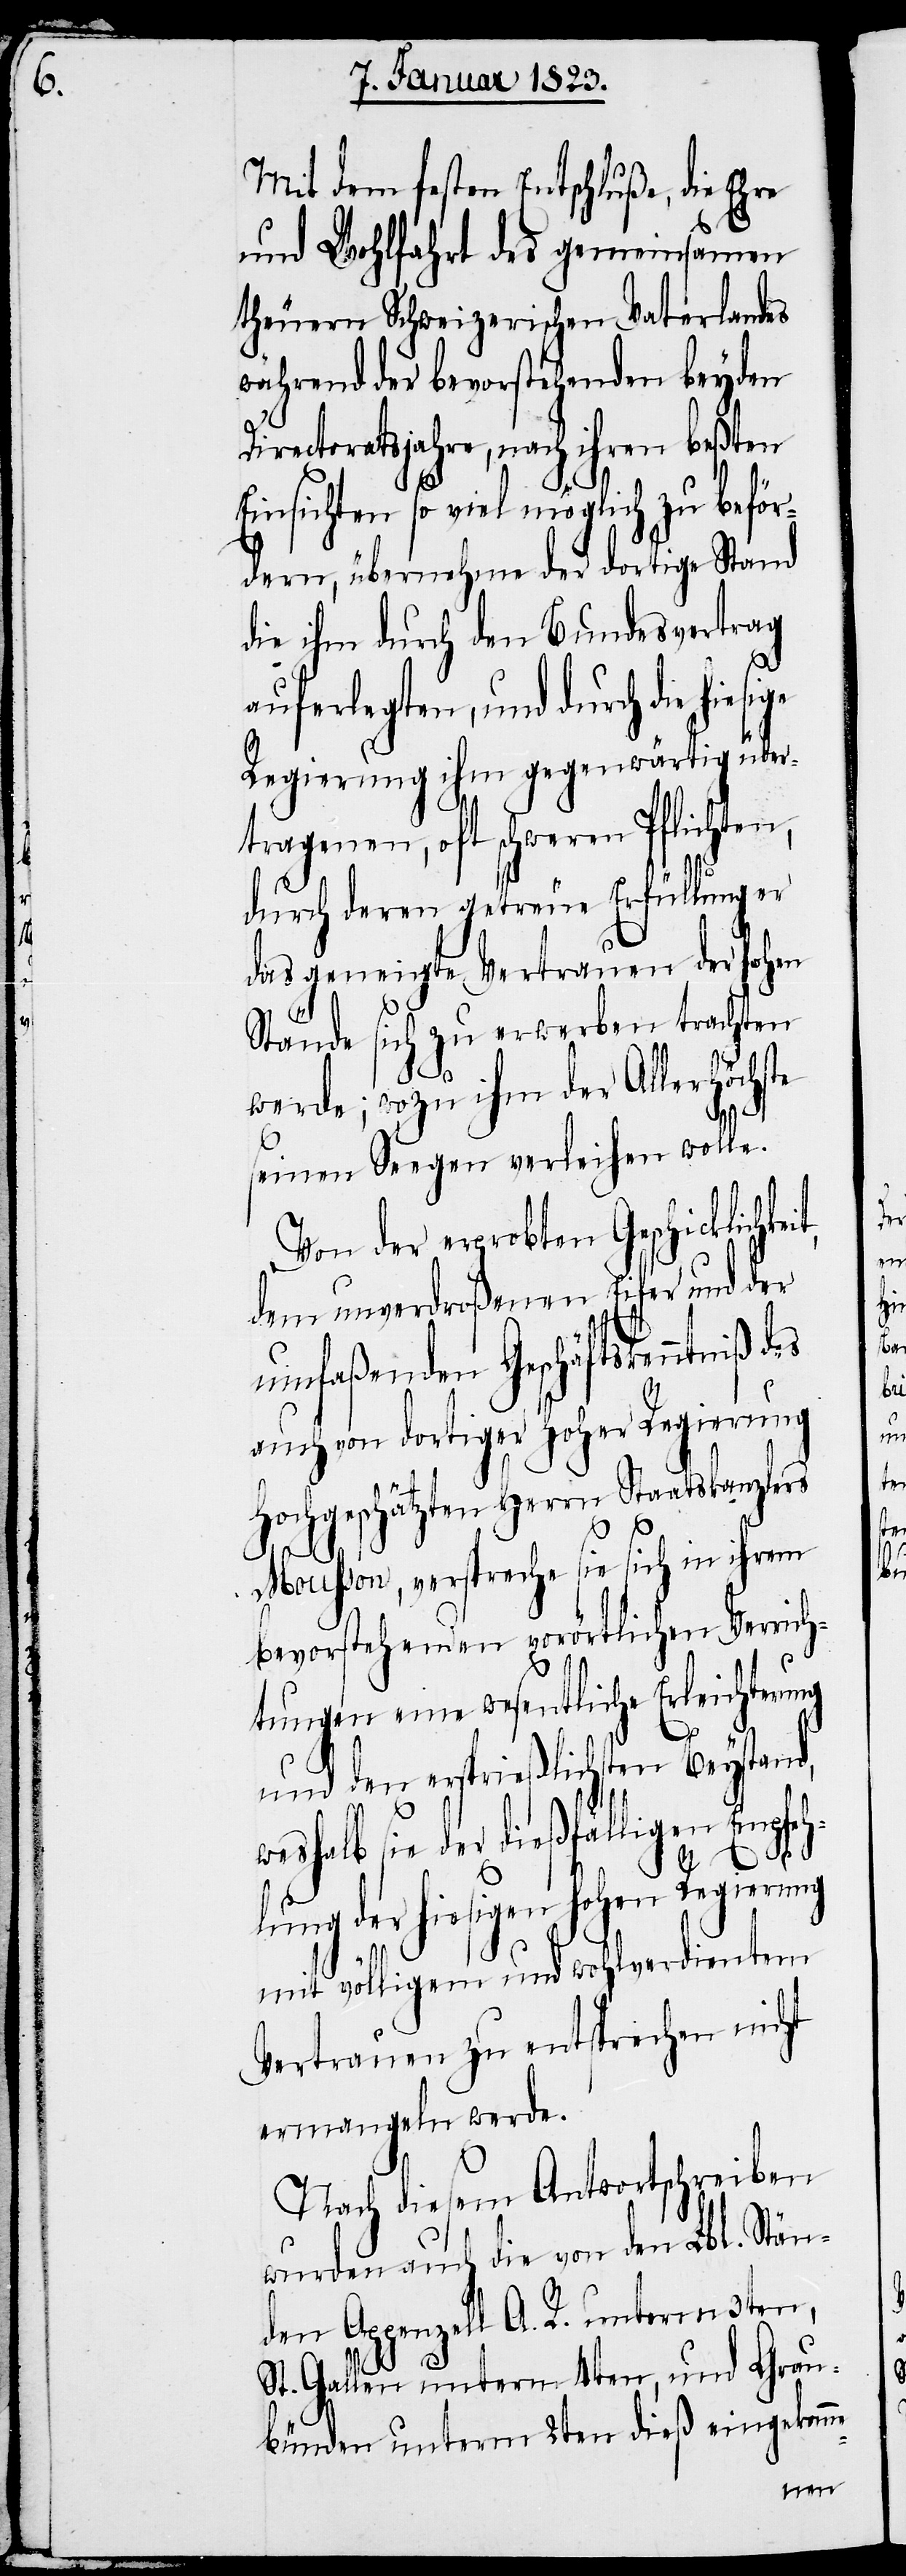
Mit dem festen Entschluße, die Ehre
und Wohlfahrt des gemeinsamen
theuern Schweizerischen Vaterlandes
während der bevorstehenden beyden
Directoratsjahre, nach ihren beßten
Einsichten so viel möglich zu beför¬
dern, übernehme der dortige Stand
die ihm durch den Bundesvertrag
auferlegten, und durch die
Regierung ihm gegenwärtig über¬
tragenen, oft schweren Pflichten,
durch deren getreue Erfüllung er
das geneigte Vertrauen der hohen
Stände sich zu erwerben trachten
werde; wozu ihm der Allerhöchste
seinen Seegen verleihen wolle.
Von der erprobten Geschicklichke¬
dem unverdroßenen Eifer und der
umfaßenden Geschäftskenntniß
auch von dortiger Hoher Regierung
Hochgeschätzten Herrn Staatskanzlers
Mousson, verspreche sie sich in ihrem
bevorstehenden vorörtlichen Verrich¬
tungen eine wesentliche Erleichteru¬
und den ersprießlichsten Beystand,
weshalb sie der dießfälligen Empfeh¬
lung der hiesigen hohen Regierung
mit völligem und wohlverdientem
Vertrauen zu entsprechen nicht
ermangeln werde.
Nach diesem Antwortschreiben
wurden auch die von den Lbl. Stän¬
den Appenzell A. R. unterm 3ten,
St. Gallen unterm 4ten, und Grau¬
bünden unterm 2ten dieß eingekomm¬
e-